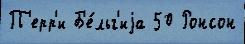
П'ерр'и Б'е́льг'иjа 50 Ронсон